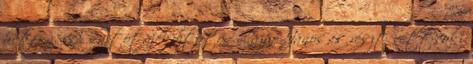
hétfőn. A sajtótájékoztatón Lázár János is részt vett, aki